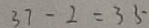
3 7 - 2 = 3 5